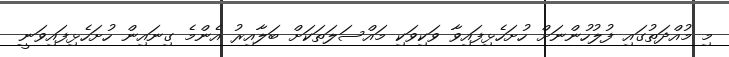
މި މުއްދަތުގައި ފުލުހުންނަށް ހުށަހެޅިފައިވާ ވަކިވަކި މައްސަލަތަކަށް ބަލާއިރު އެންމެ ގިނައިން ހުށަހެޅިފައިވަނީ